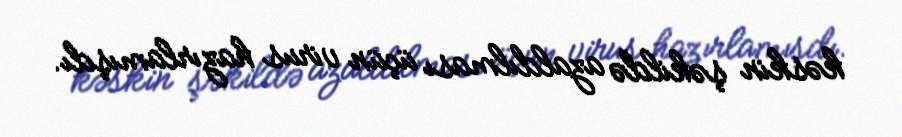
kəskin şəkildə azaldılması üçün virus hazırlamışdı.